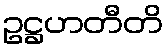
ဥဋ္ဌဟတီတိ